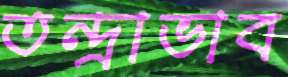
তন্দ্রাভাব